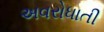
અવરોધાતી